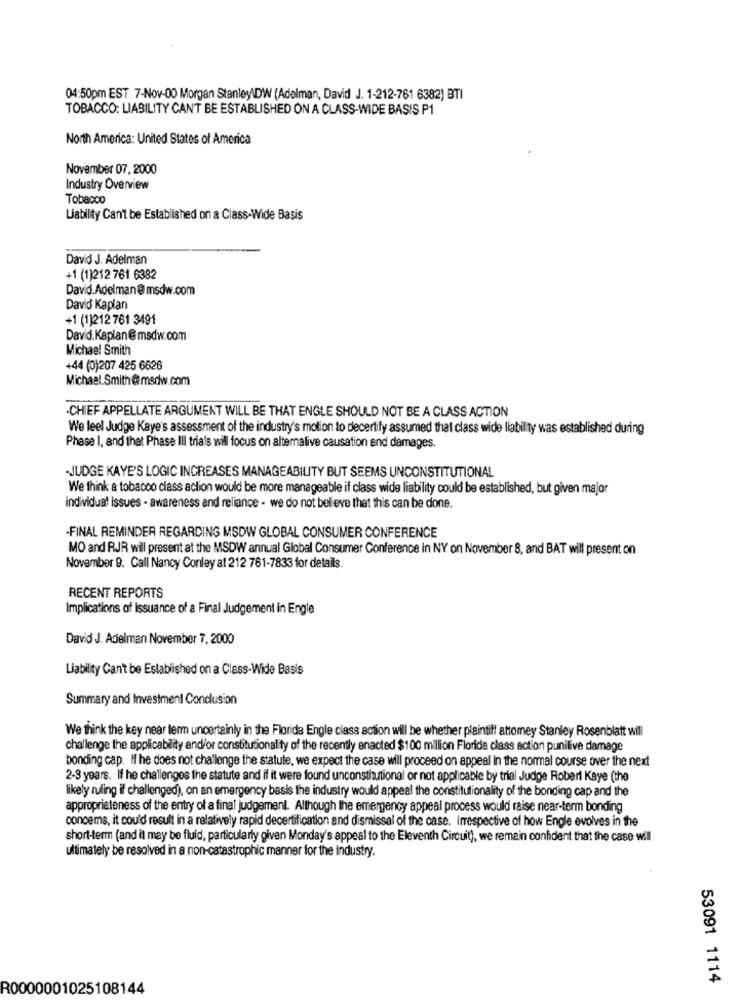
04:50pm EST 7-Nov-00 Morgan StanleyDW (Adelman, David J. 1-212-761 6382) BTI
TOBACCO: LIABILITY CAN'T BE ESTABLISHED ON A CLASS-WIDE BASIS P1
North America: United States of America
November 07, 2000
Industry Overview
Tobacco
Liability Can't be Established on a Class-Wide Basis
David J. Adelman
+1 (1)212 761 6382
David.Adelman@ msdw.com
David Kaplan
+1 (1)212 761 3491
David. Kaplan@ msdw.com
Michael Smith
+44 (0)207 425 6626
Michael.Smith @msdw.com
-CHIEF APPELLATE ARGUMENT WILL BE THAT ENGLE SHOULD NOT BE A CLASS ACTION
We leel Judge Kaye's assessment of the industry's motion to decertify assumed that class wide liability was established during
Phase I, and that Phase III trials will focus on altemalive causation and damages.
-JUDGE KAYE'S LOGIC INCREASES MANAGEABILITY BUT SEEMS UNCONSTITUTIONAL
We think a tobacco class action would be more manageable if class wide liability could be established, but given major
individual issues - awareness and reliance - we do not believe that this can be done.
.FINAL REMINDER REGARDING MSDW GLOBAL CONSUMER CONFERENCE
MO and RJR will present at the MSDW annual Global Consumer Conference in NY on November 8, and BAT will present on
November 9. Call Nancy Conley at 212 761-7833 for details.
RECENT REPORTS
Implications of Issuance of a Final Judgement in Engle
David J. Adelman November 7, 2000
Liability Can't be Established on a Class-Wide Basis
Summary and Investment Conclusion
We think the key near term uncertainly in the Florida Engle class action will be whether plaintiff attomey Stanley Rosenblatt will
challenge the applicability and/or constitutionality of the recently enacted $100 million Florida class action punilive damage
bonding cap. If he does not challenge the statute, we expect the case will proceed on appeal in the normal course over the next
2-3 years. If he challenges the statute and if it were found unconstitutional or not applicable by trial Judge Robert Kaye (the
likely ruling if challenged), on an emergency basis the industry would appeal the constitutionality of the bonding cap and the
appropriateness of the entry of a final judgement. Although the emergency appeal process would raise near-term bonding
concems, it could result in a relatively rapid decertification and dismissal of the case. Irrespective of how Engle evolves in the
short-term (and it may be fluid, particularly given Monday's appeal to the Eleventh Circuit), we remain confident that the case will
ultimately be resolved in a non-catastrophic manner for the industry.
53091 1114
R0000001025108144